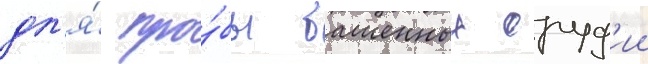
дл'я́ про́бы башенных оруд'ии